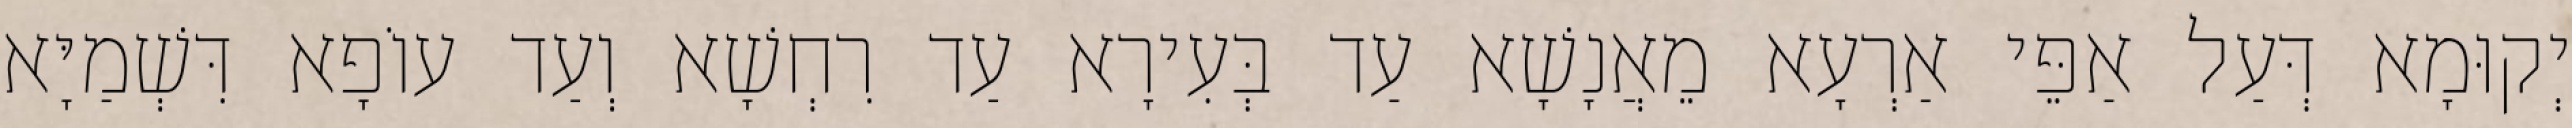
יְקוּמָא דְּעַל אַפֵּי אַרְעָא מֵאֲנָשָׁא עַד בְּעִירָא עַד רִחְשָׁא וְעַד עוֹפָא דִּשְׁמַיָּא